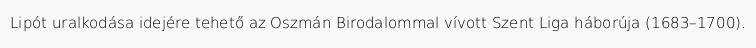
Lipót uralkodása idejére tehető az Oszmán Birodalommal vívott Szent Liga háborúja (1683–1700).